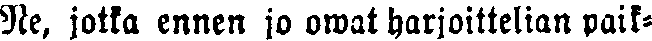
Ne, jotka ennen jo owat harjoittelian paik-